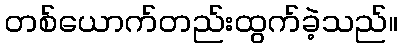
တစ်ယောက်တည်းထွက်ခဲ့သည်။